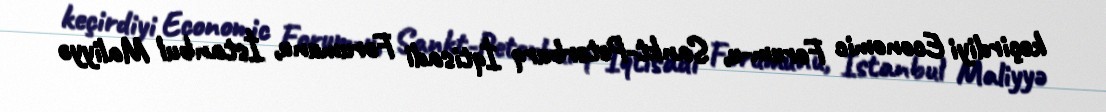
keçirdiyi Economic Forum-u, Sankt-Peterburq İqtisadi Forumunu, İstanbul Maliyyə